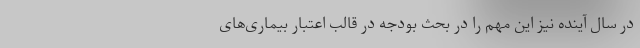
در سال آینده نیز این مهم را در بحث بودجه در قالب اعتبار بیماری‌های